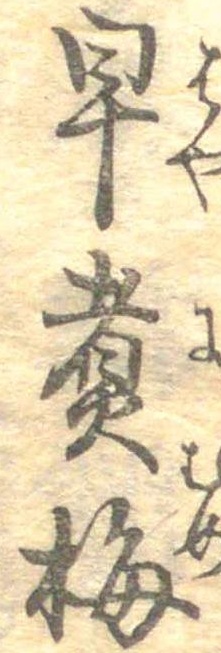
早煮梅